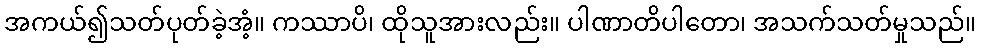
အကယ်၍သတ်ပုတ်ခဲ့အံ့။ ကဿာပိ၊ ထိုသူအားလည်း။ ပါဏာတိပါတော၊ အသက်သတ်မှုသည်။